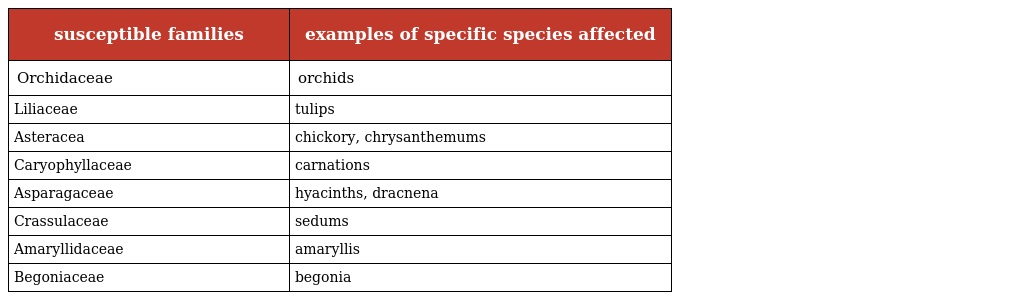
| susceptible families | examples of specific species affected |
 | --- | --- |
 | Orchidaceae | orchids |
 | Liliaceae | tulips |
 | Asteracea | chickory, chrysanthemums |
 | Caryophyllaceae | carnations |
 | Asparagaceae | hyacinths, dracnena |
 | Crassulaceae | sedums |
 | Amaryllidaceae | amaryllis |
 | Begoniaceae | begonia |